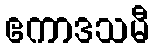
ဧကာဒသမီ